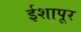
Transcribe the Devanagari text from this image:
ईशापूर